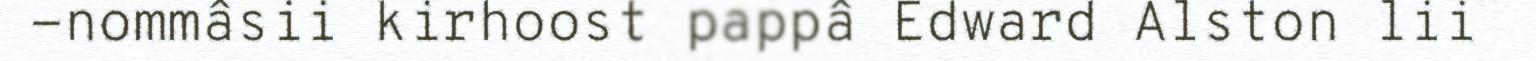
-nommâsii kirhoost pappâ Edward Alston lii